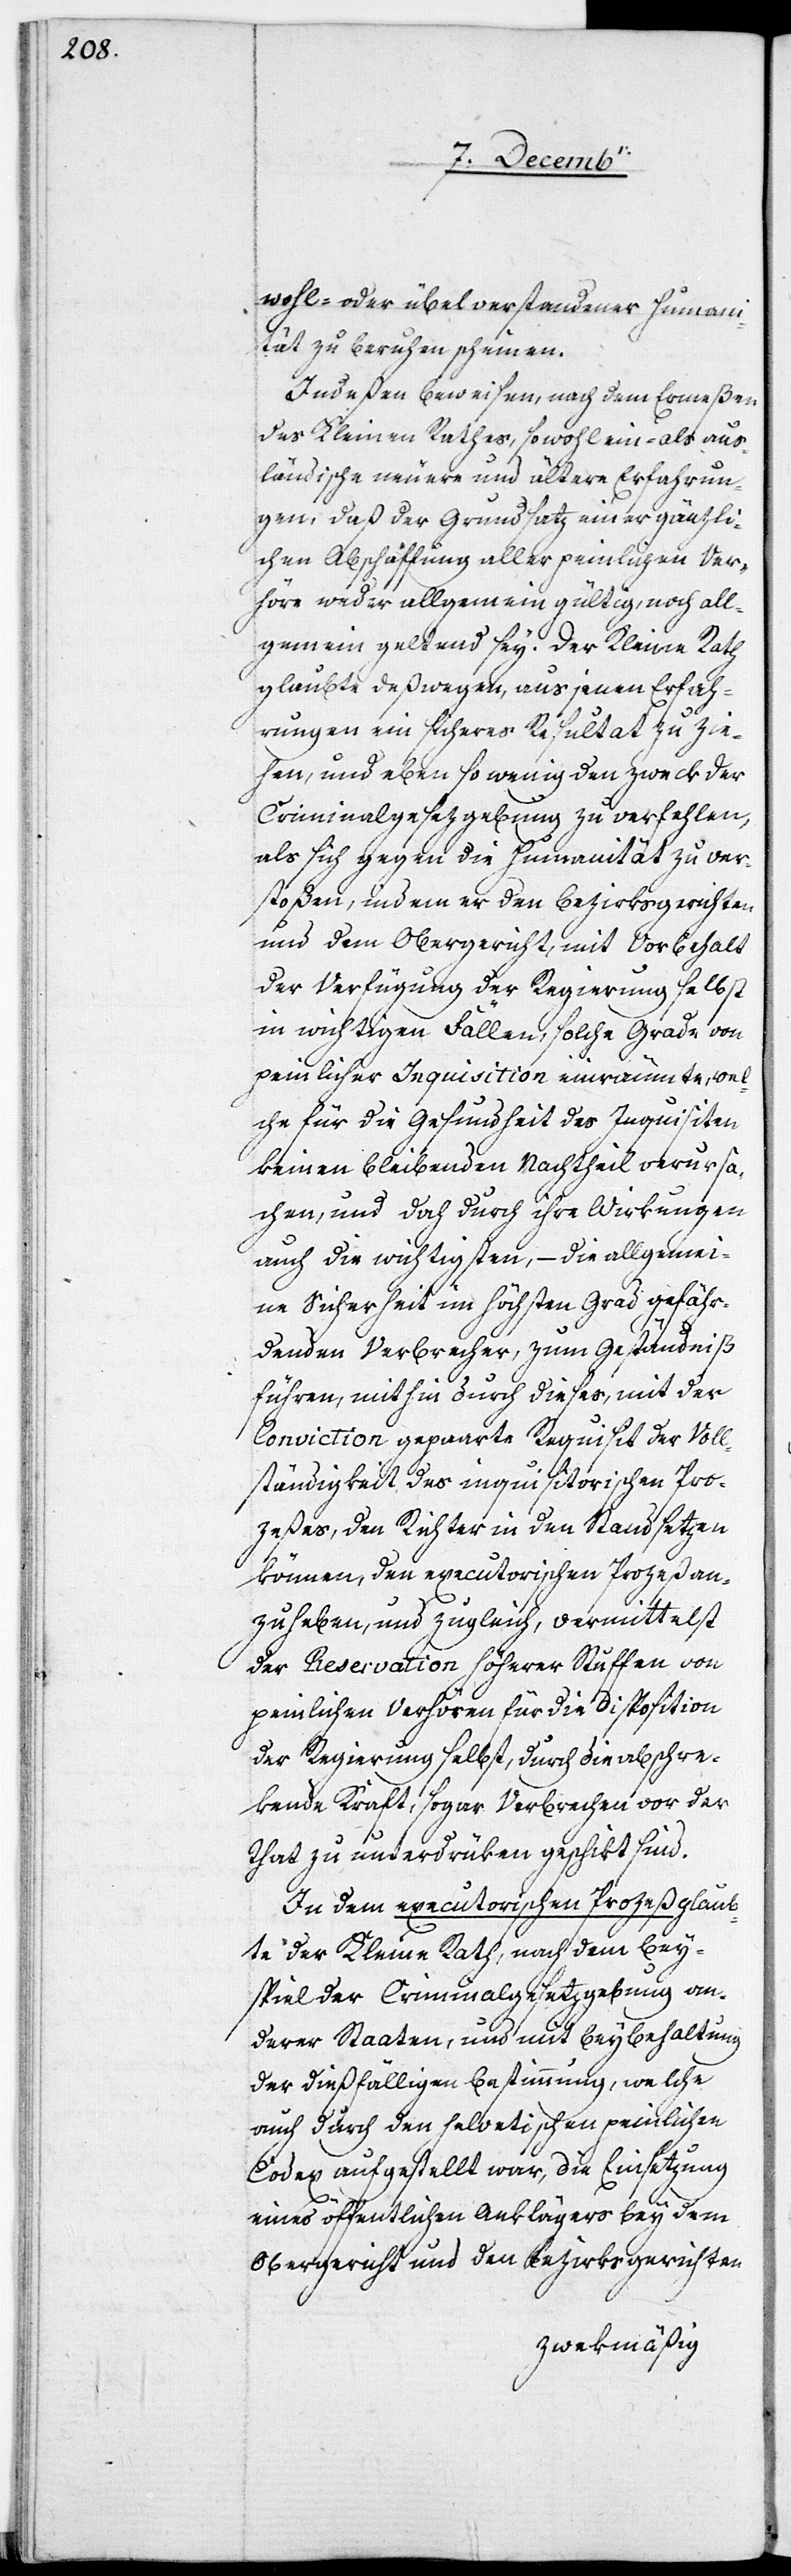
wohl- oder übelverstandener Humani¬
tät zu beruhen scheinen.
Indeßen beweisen, nach dem Ermeßen
des Kleinen Rathes, sowohl ein- als aus¬
ländische neuere und ältere Erfahrun¬
gen, daß der Grundsatz einer gänzli¬
chen Abschäffung [sic!] aller peinlichen Ver¬
höre weder allgemein gültig, noch all¬
gemein geltend sey. Der Kleine Rath
glaubte deßwegen, aus jenen Erfah¬
rungen ein sicheres Resultat zu zie¬
hen, und eben so wenig den Zweck der
Criminalgesezgebung zu verfehlen,
als sich gegen die Humanität zu ver¬
stoßen, indem er den Bezirksgerichten
und dem Obergericht, mit Vorbehalt
der Verfügung der Regierung selbst
in wichtigen Fällen, solche Grade von
peinlicher Inquisition einräumte, wel¬
che für die Gesundheit des Inquisiten
keinen bleibenden Nachtheil verursa¬
chen, und doch durch ihre Wirkungen
auch die wichtigsten, – die allgemei¬
ne Sicherheit im höchsten Grad gefähr¬
denden Verbrecher, zum Geständniß
führen, mithin durch dieses, mit der
Conviction gepaarte Requisit der Voll¬
ständigkeit des inquisitorischen Pro¬
zeßes, den Richter in den Stand setzen
können, den executorischen Prozeß an¬
zuheben, und zugleich, vermittelst
der Reservation höherer Stuffen von
peinlichen Verhören für die Disposition
der Regierung selbst, durch die abschwe¬
bende Kraft, sogar Verbrechen vor der
That zu unterdrüken geschikt sind.
In dem executorischen Prozeß glaub¬
te der Kleine Rath, nach dem Bey¬
spiel der Criminalgesetzgebung an¬
derer Staaten, und mit Beybehaltung
der dießfälligen Bestimmung, welche
auch durch den helvetischen peinlichen
Codex aufgestellt war, die Einsetzung
eines öffentlichen Anklägers bey dem
Obergericht und den Bezirksgerichten